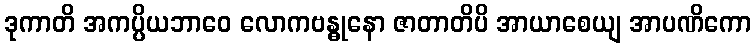
ဒုကာတိ အကပ္ပိယဘာဝေ လောကဗန္ဓုနော ဇာတာတိပိ အာယာစေယျ အာပဏိကော